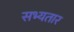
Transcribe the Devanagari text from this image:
सभ्यतार